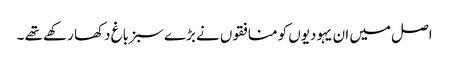
اصل میں ان یہودیوں کو منافقوں نے بڑے سبز باغ دکھا رکھے تھے ۔